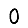
Digit: 0